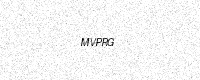
Text: MVPRG